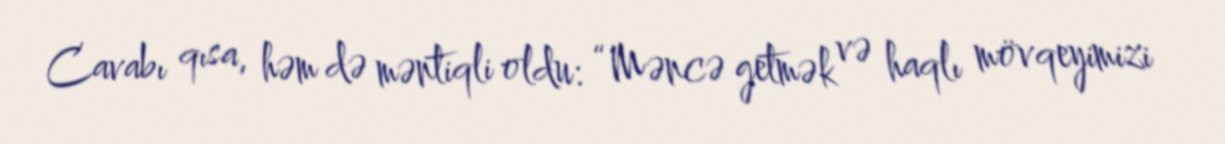
Cavabı qısa, həm də məntiqli oldu: “Məncə getmək və haqlı mövqeyimizi